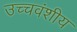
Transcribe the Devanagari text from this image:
उच्चवंशीय